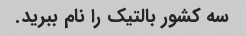
سه کشور بالتیک را نام ببرید.